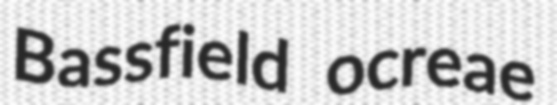
Bassfield ocreae